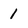
Character: 1